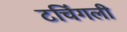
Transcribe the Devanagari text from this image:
टचिंगली